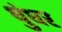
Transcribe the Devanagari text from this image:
धुंधर